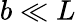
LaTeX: b\ll L